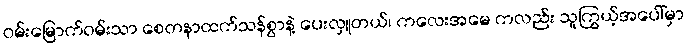
ဝမ်းမြောက်ဝမ်းသာ စေတနာထက်သန်စွာနဲ့ ပေးလှူတယ်၊ ကလေးအမေ ကလည်း သူကြွယ့်အပေါ်မှာ